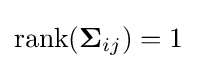
{\text{rank}}(\mathbf {\Sigma } _{ij})=1